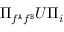
\Pi _ { f ^ { \tt A } f ^ { \tt B } } U \Pi _ { i }